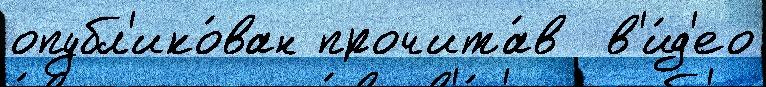
опубл'ико́ван прочита́в  в'и́д'ео